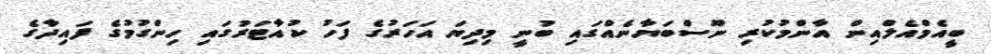
ބީއެމްއެލްއިން އާންމުކުރި ނޫސްބަޔާނެއްގައި ބުނީ މިދިޔަ އަހަރުގެ ފަހު ކުއާޓަރުގައި ހިންގުމުގެ ފައިދާގެ